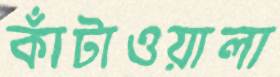
কাঁটাওয়ালা